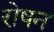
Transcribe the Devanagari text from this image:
रोषन